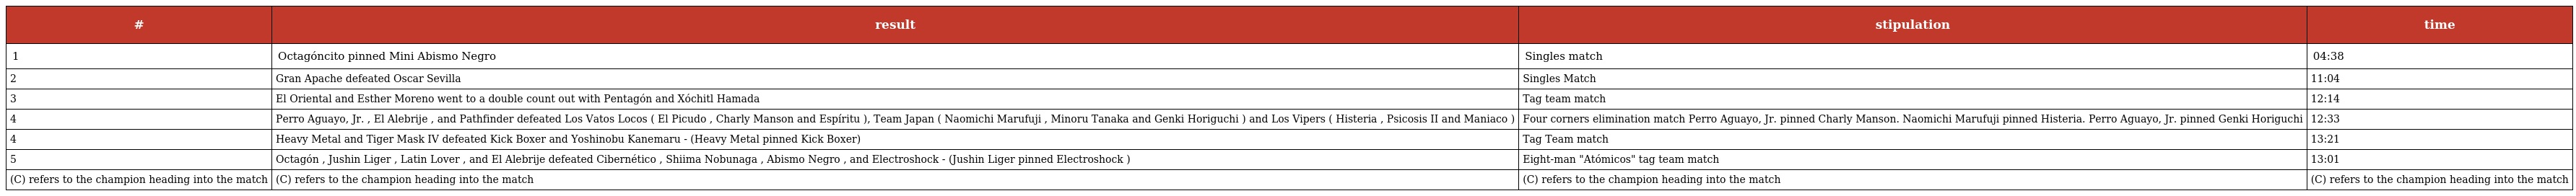
| # | result | stipulation | time |
 | --- | --- | --- | --- |
 | 1 | Octagóncito pinned Mini Abismo Negro | Singles match | 04:38 |
 | 2 | Gran Apache defeated Oscar Sevilla | Singles Match | 11:04 |
 | 3 | El Oriental and Esther Moreno went to a double count out with Pentagón and Xóchitl Hamada | Tag team match | 12:14 |
 | 4 | Perro Aguayo, Jr. , El Alebrije , and Pathfinder defeated Los Vatos Locos ( El Picudo , Charly Manson and Espíritu ), Team Japan ( Naomichi Marufuji , Minoru Tanaka and Genki Horiguchi ) and Los Vipers ( Histeria , Psicosis II and Maniaco ) | Four corners elimination match Perro Aguayo, Jr. pinned Charly Manson. Naomichi Marufuji pinned Histeria. Perro Aguayo, Jr. pinned Genki Horiguchi | 12:33 |
 | 4 | Heavy Metal and Tiger Mask IV defeated Kick Boxer and Yoshinobu Kanemaru - (Heavy Metal pinned Kick Boxer) | Tag Team match | 13:21 |
 | 5 | Octagón , Jushin Liger , Latin Lover , and El Alebrije defeated Cibernético , Shiima Nobunaga , Abismo Negro , and Electroshock - (Jushin Liger pinned Electroshock ) | Eight-man "Atómicos" tag team match | 13:01 |
 | (C) refers to the champion heading into the match | (C) refers to the champion heading into the match | (C) refers to the champion heading into the match | (C) refers to the champion heading into the match |